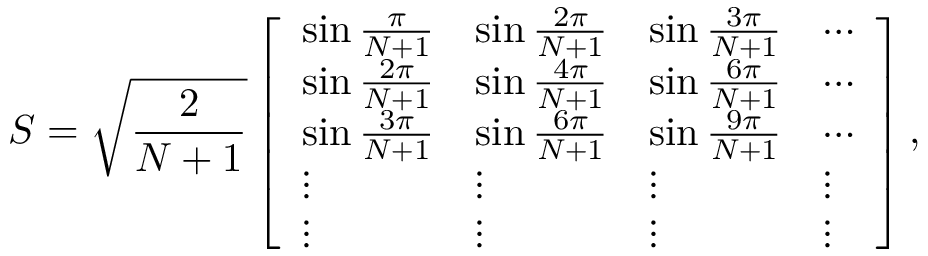
S = \sqrt { \frac { 2 } { N + 1 } } \left[ \begin{array} { l l l l } { \sin \frac { \pi } { N + 1 } } & { \sin \frac { 2 \pi } { N + 1 } } & { \sin \frac { 3 \pi } { N + 1 } } & { \cdots } \\ { \sin \frac { 2 \pi } { N + 1 } } & { \sin \frac { 4 \pi } { N + 1 } } & { \sin \frac { 6 \pi } { N + 1 } } & { \cdots } \\ { \sin \frac { 3 \pi } { N + 1 } } & { \sin \frac { 6 \pi } { N + 1 } } & { \sin \frac { 9 \pi } { N + 1 } } & { \cdots } \\ { \vdots } & { \vdots } & { \vdots } & { \vdots } \\ { \vdots } & { \vdots } & { \vdots } & { \vdots } \end{array} \right] ,